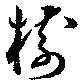
樹